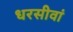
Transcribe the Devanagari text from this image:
धरसीवां